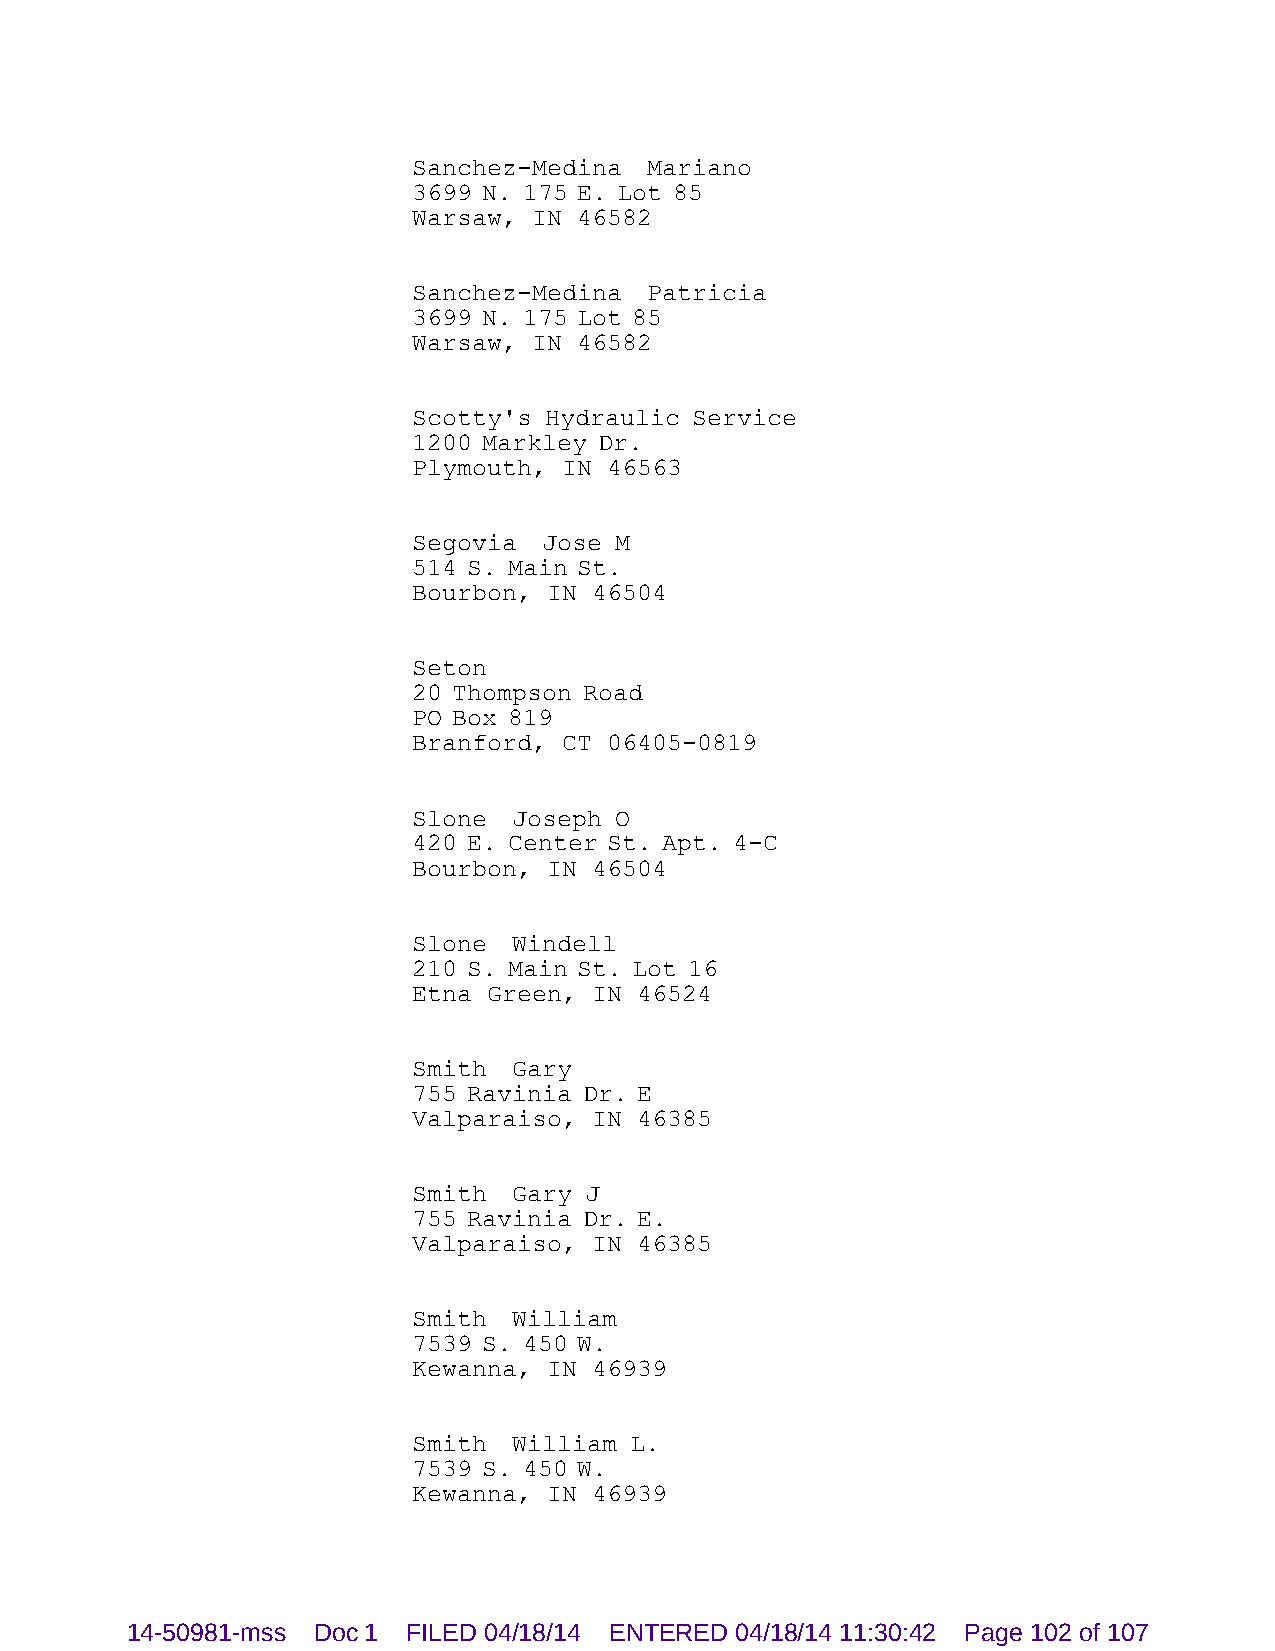
Sanchez-Medina  Mariano
 3699 N. 175 E. Lot 85
 Warsaw, IN 46582
 Sanchez-Medina  Patricia
 3699 N. 175 Lot 85
 Warsaw, IN 46582
 Scotty's Hydraulic Service
 1200 Markley Dr.
 Plymouth, IN 46563
 Segovia  Jose M
 514 S. Main St.
 Bourbon, IN 46504
 Seton
 20 Thompson Road
 PO Box 819
 Branford, CT 06405-0819
 Slone  Joseph O
 420 E. Center St. Apt. 4-C
 Bourbon, IN 46504
 Slone  Windell
 210 S. Main St. Lot 16
 Etna Green, IN 46524
 Smith  Gary
 755 Ravinia Dr. E
 Valparaiso, IN 46385
 Smith  Gary J
 755 Ravinia Dr. E.
 Valparaiso, IN 46385
 Smith  William
 7539 S. 450 W.
 Kewanna, IN 46939
 Smith  William L.
 7539 S. 450 W.
 Kewanna, IN 46939
 14-50981-mss Doc 1 FILED 04/18/14 ENTERED 04/18/14 11:30:42 Page 102 of 107